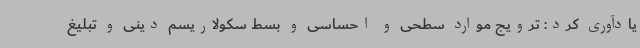
یادآوری کرد: ترویج موارد سطحی و احساسی و بسط سکولاریسم دینی و تبلیغ